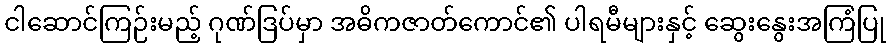
ငါဆောင်ကြဉ်းမည့် ဂုဏ်ဒြပ်မှာ အဓိကဇာတ်ကောင်၏ ပါရမီများနှင့် ဆွေးနွေးအကြံပြု